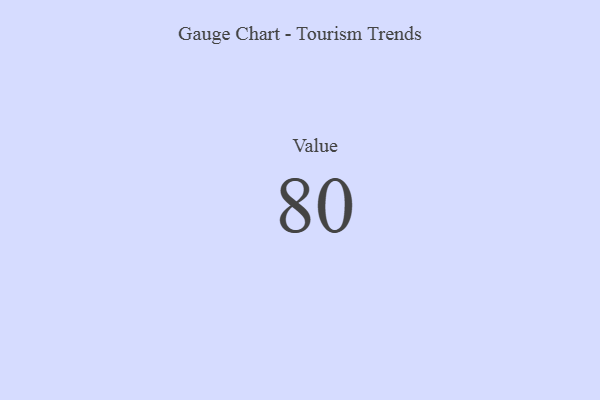
{"axis": {"x": "Metric", "y": "Value"}, "legend": [""], "data": [{"x": "Value", "y": 80, "type": ""}]}